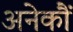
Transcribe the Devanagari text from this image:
अनेकौं